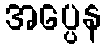
အပ္ပေန